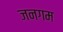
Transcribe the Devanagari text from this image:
जनगम